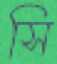
সি